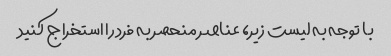
با توجه به لیست زیر، عناصر منحصر به فرد را استخراج کنید